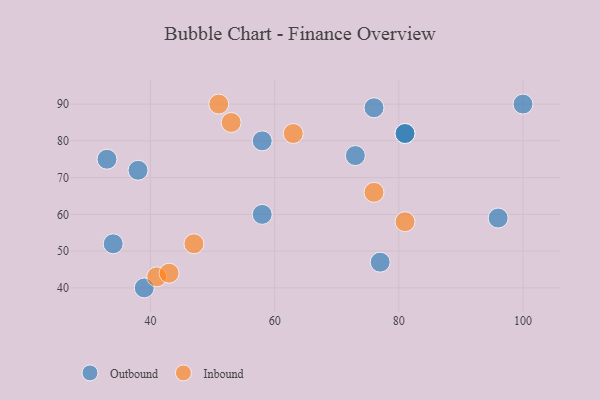
{"axis": {"x": "GDP", "y": "Life Expectancy"}, "legend": ["Inbound", "Outbound"], "data": [{"x": "34", "y": 52, "type": "Outbound"}, {"x": "73", "y": 76, "type": "Outbound"}, {"x": "77", "y": 47, "type": "Outbound"}, {"x": "33", "y": 75, "type": "Outbound"}, {"x": "39", "y": 40, "type": "Outbound"}, {"x": "96", "y": 59, "type": "Outbound"}, {"x": "38", "y": 72, "type": "Outbound"}, {"x": "81", "y": 82, "type": "Outbound"}, {"x": "58", "y": 60, "type": "Outbound"}, {"x": "100", "y": 90, "type": "Outbound"}, {"x": "58", "y": 80, "type": "Outbound"}, {"x": "76", "y": 89, "type": "Outbound"}, {"x": "81", "y": 82, "type": "Outbound"}, {"x": "47", "y": 52, "type": "Inbound"}, {"x": "41", "y": 43, "type": "Inbound"}, {"x": "76", "y": 66, "type": "Inbound"}, {"x": "51", "y": 90, "type": "Inbound"}, {"x": "81", "y": 58, "type": "Inbound"}, {"x": "53", "y": 85, "type": "Inbound"}, {"x": "63", "y": 82, "type": "Inbound"}, {"x": "43", "y": 44, "type": "Inbound"}]}